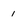
Character: i